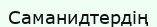
Саманидтердің